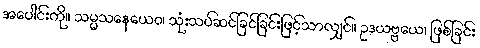
အပေါင်းကို။ သမ္မသနေယေဝ၊ သုံးသပ်ဆင်ခြင်ခြင်းဖြင့်သာလျှင်။ ဥဒယဗ္ဗယေ၊ ဖြစ်ခြင်း